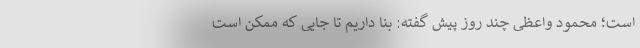
است؛ محمود واعظی چند روز پیش گفته: بنا داریم تا جایی که ممکن است